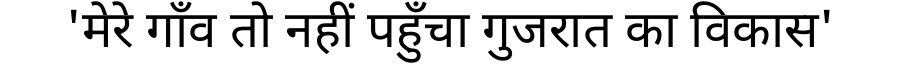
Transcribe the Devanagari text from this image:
'मेरे गाँव तो नहीं पहुँचा गुजरात का विकास'